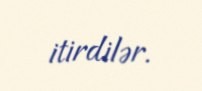
itirdilər.